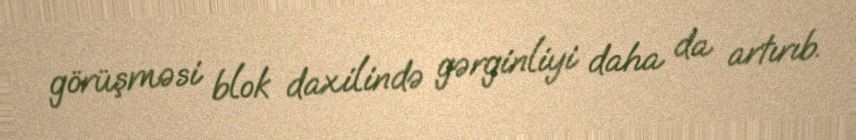
görüşməsi blok daxilində gərginliyi daha da artırıb.